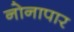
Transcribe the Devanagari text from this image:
नोनापार